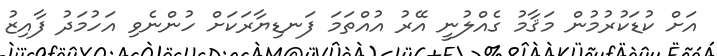
އަށް ކުޑަކުރުމުން މަޤާމު ގެއްލުނީ އޭރު އުއްތަމަ ފަނޑިޔާރަކަށް ހުންނެވި އަހުމަދު ފާއިޒު